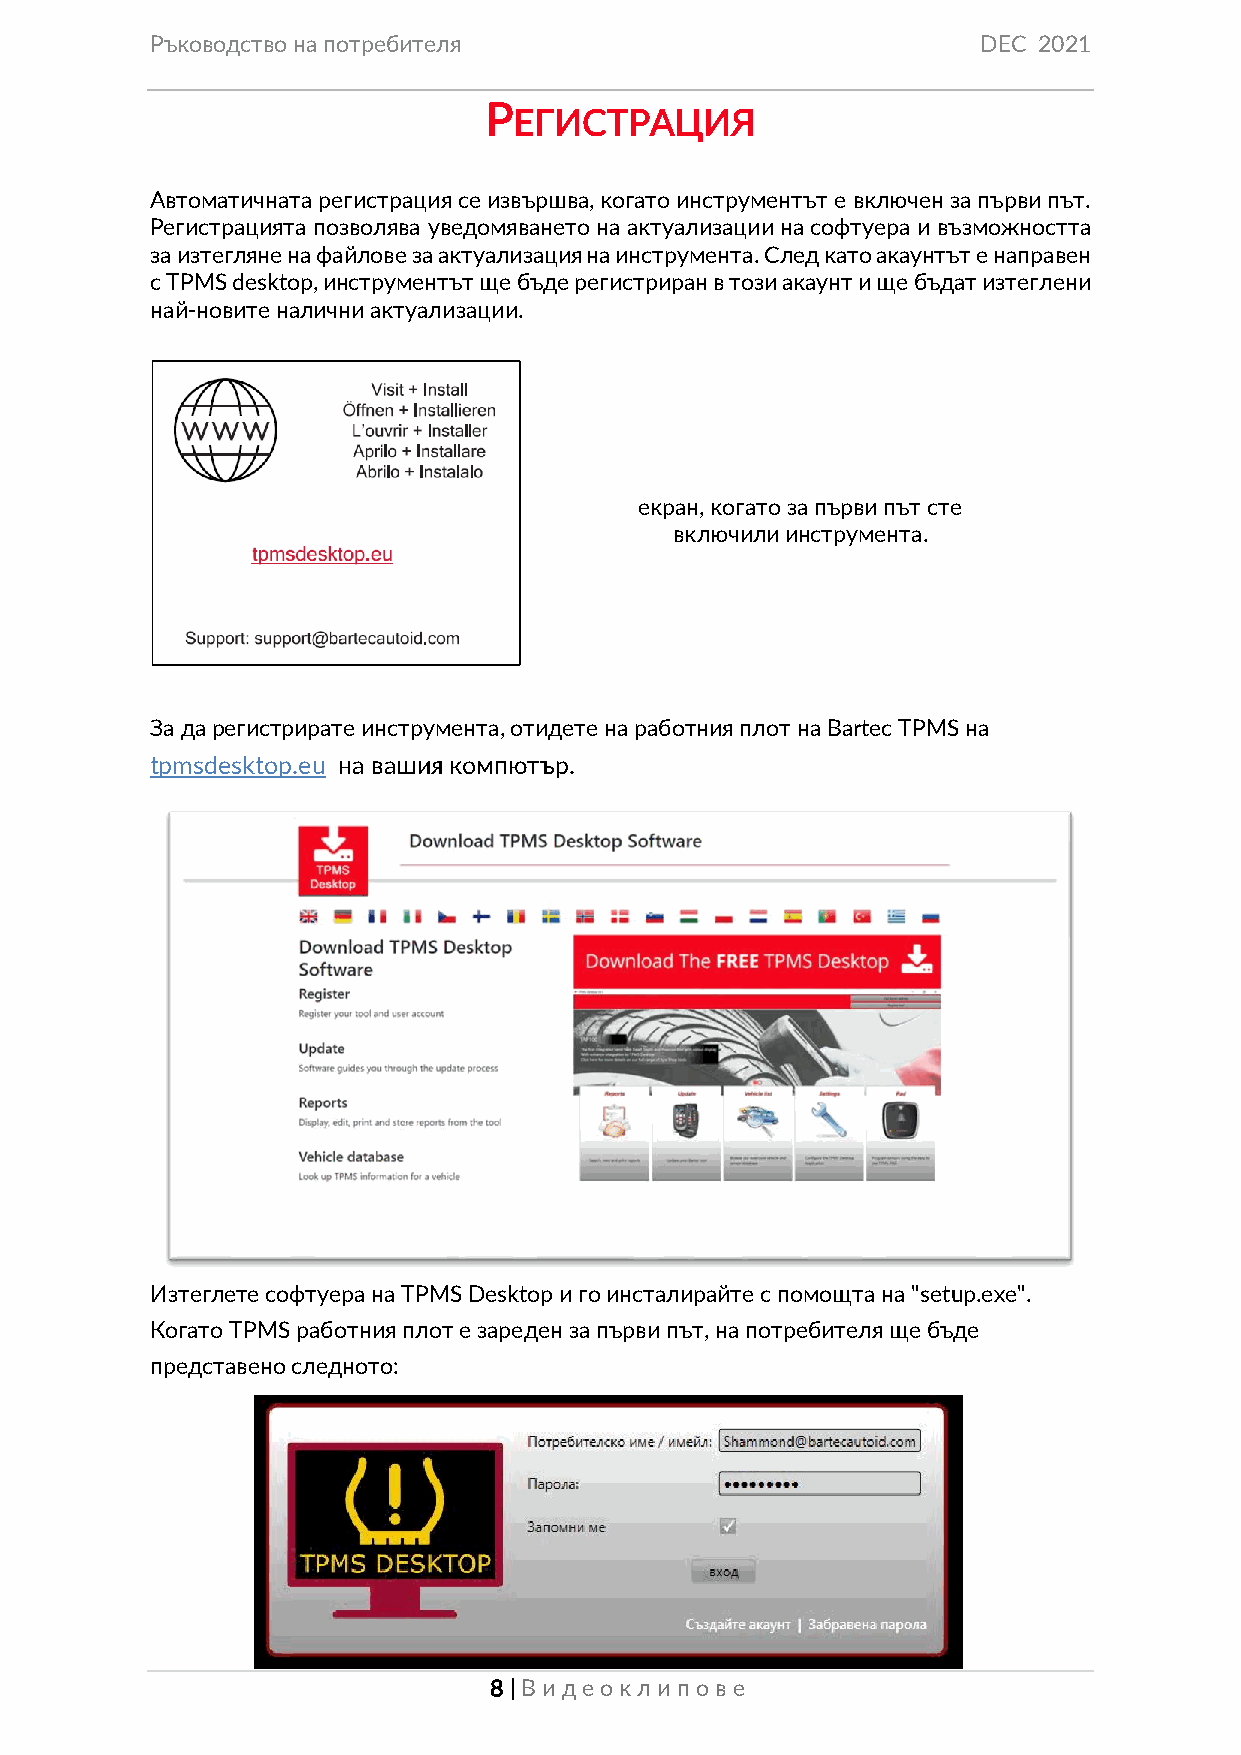
Ръководство на потребителя                             DEC 2021
 Р
 ЕГИСТРАЦИЯ
 Автоматичната регистрация се извършва, когато инструментът е включен за първи път.
 Регистрацията позволява уведомяването на актуализации на софтуера и възможността
 за изтегляне на файлове за актуализация на инструмента. След като акаунтът е направен
 с TPMS desktop, инструментът ще бъде регистриран в този акаунт и ще бъдат изтеглени
 най-новите налични актуализации.
 екран, когато за първи път сте
 включили инструмента.
 За да регистрирате инструмента, отидете на работния плот на Bartec TPMS на
 tpmsdesktop.eu на вашия компютър.
 Изтеглете софтуера на TPMS Desktop и го инсталирайте с помощта на "setup.exe".
 Когато TPMS работния плот е зареден за първи път, на потребителя ще бъде
 представено следното:
 8 | Виде окл ип ове